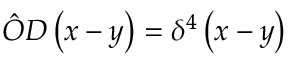
{ \hat { O } } D \left( x - y \right) = \delta ^ { 4 } \left( x - y \right)